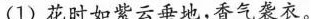
(1)花时如紫云垂地，香气袭衣。